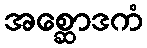
အစ္ဆောဒကံ